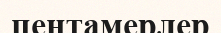
пентамерлер